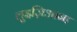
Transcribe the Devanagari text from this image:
लुइज़िआना